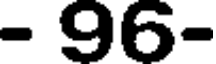
- 96-